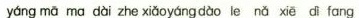
yáng mā ma dài zhe xiǎoyángdào le nǎ xiē dìfang